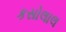
કસોલાલ